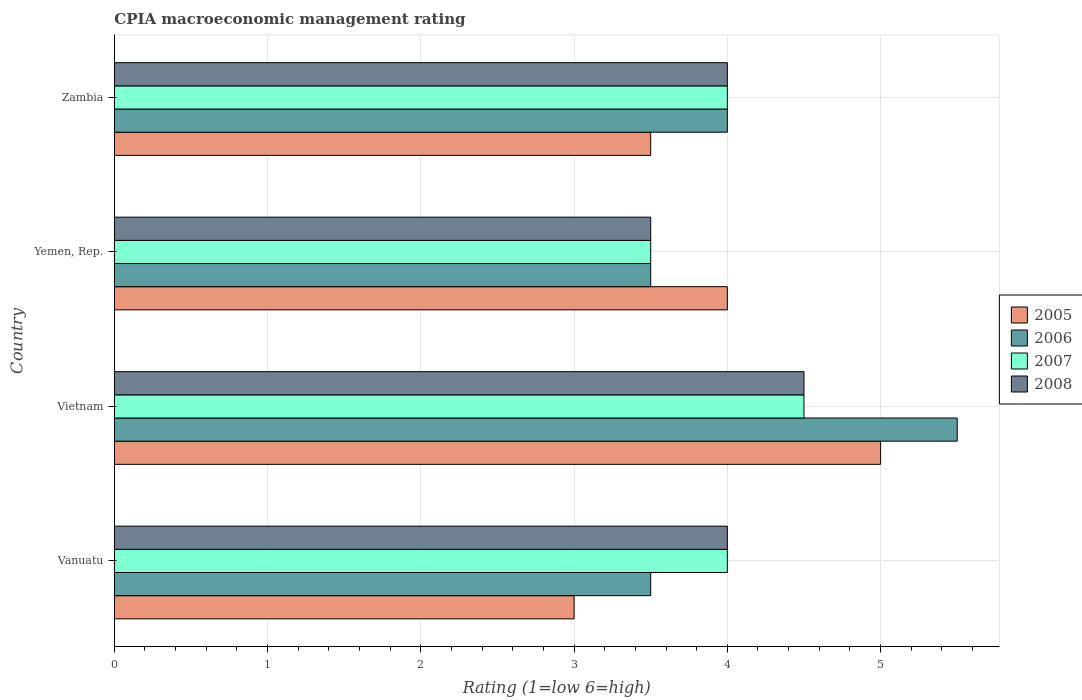
| Country | 2005 | 2006 | 2007 | 2008 |
 | --- | --- | --- | --- | --- |
 | Vanuatu | 3 | 3.5 | 4 | 4 |
 | Vietnam | 5 | 5.5 | 4.5 | 4.5 |
 | Yemen, Rep. | 4 | 3.5 | 3.5 | 3.5 |
 | Zambia | 3.5 | 4 | 4 | 4 |